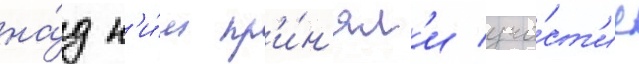
на́д н'и́м пр'и́н'ял'и уча́ст'ие